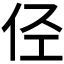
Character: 𠇹